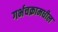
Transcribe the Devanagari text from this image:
गर्भचक्रामधील